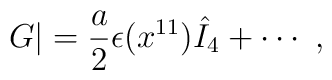
G |= {a \over 2} \epsilon (x^{11}) {\hat I}_4 + \cdots \ ,